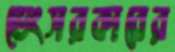
ভেংসরকারের